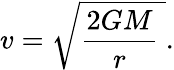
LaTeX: v={\sqrt{{\frac{2GM}{r}}\ }}.